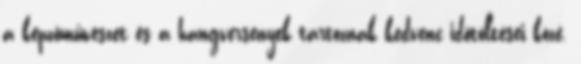
a képzômûvészet és a hangversenyek tartoznak kedvenc idôtöltései közé.